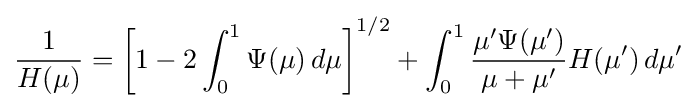
{\frac {1}{H(\mu )}}=\left[1-2\int _{0}^{1}\Psi (\mu )\,d\mu \right]^{1/2}+\int _{0}^{1}{\frac {\mu '\Psi (\mu ')}{\mu +\mu '}}H(\mu ')\,d\mu '